Punjab Mental Hospital Lahore 1932-46 - 1932-1946
Year: 1932
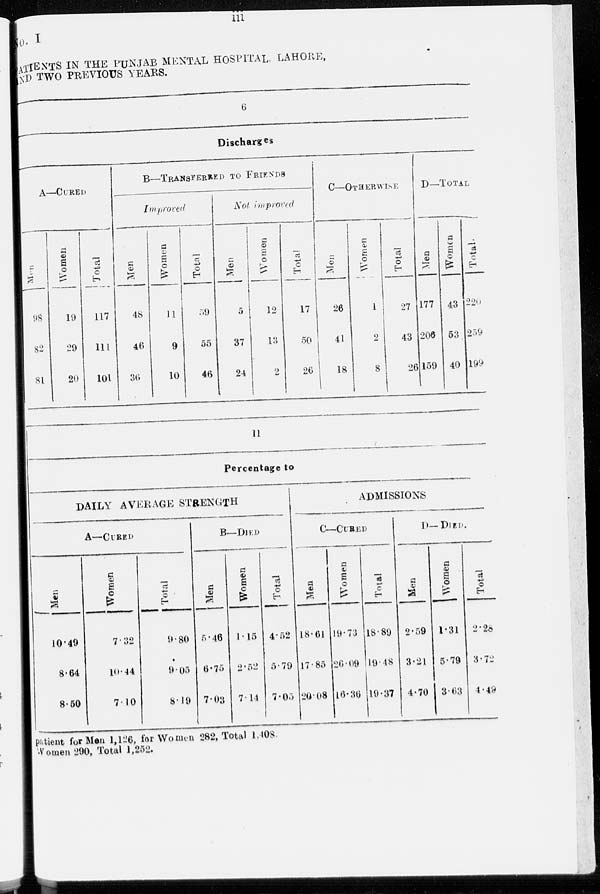
iii
No. I
PATIENTS IN THE PUNJAB MENTAL HOSPITAL LAHORE,
AND TWO PREVIOUS YEARS.
6
Discharges
A—CURED
Men
98
82
81
Women
19
29
20
Total
117
111
101
B—TRANSFERRED TO FRIENDS
Improved
Men
48
46
30
Women
11
9
10
Total
59
55
46
Not improved
Men
5
37
24
Women
12
13
2
Total
17
50
26
C—OTHERWISE
Men
26
41
18
Women
1
2
8
Total
27
43
26
D—TOTAL
Men
177
206
159
Women
43
53
40
Total
220
259
199
11
Percentage to
DAILY AVERAGE STRENGTH
A—CURED
Men
10.49
8.64
8.50
Women
7.32
10.44
7.10
Total
9.80
9.05
8.19
B—DIED
Men
5. 46
6.75
7.03
Women
1.15
2.52
7.14
Total
4.52
5.79
7.05
ADMISSIONS
C—CURED
Men
18.61
17.85
20.08
Women
19.73
26.09
16.36
Total
18.89
19.48
19.37
D–DIED
Men
2.59
3.21
4.70
Women
1.31
5.79
3.63
Total
2.28
3.72
4.49
patient for Men 1,126, for Women 282, Total 1,408.
Women 290, Total 1,252.